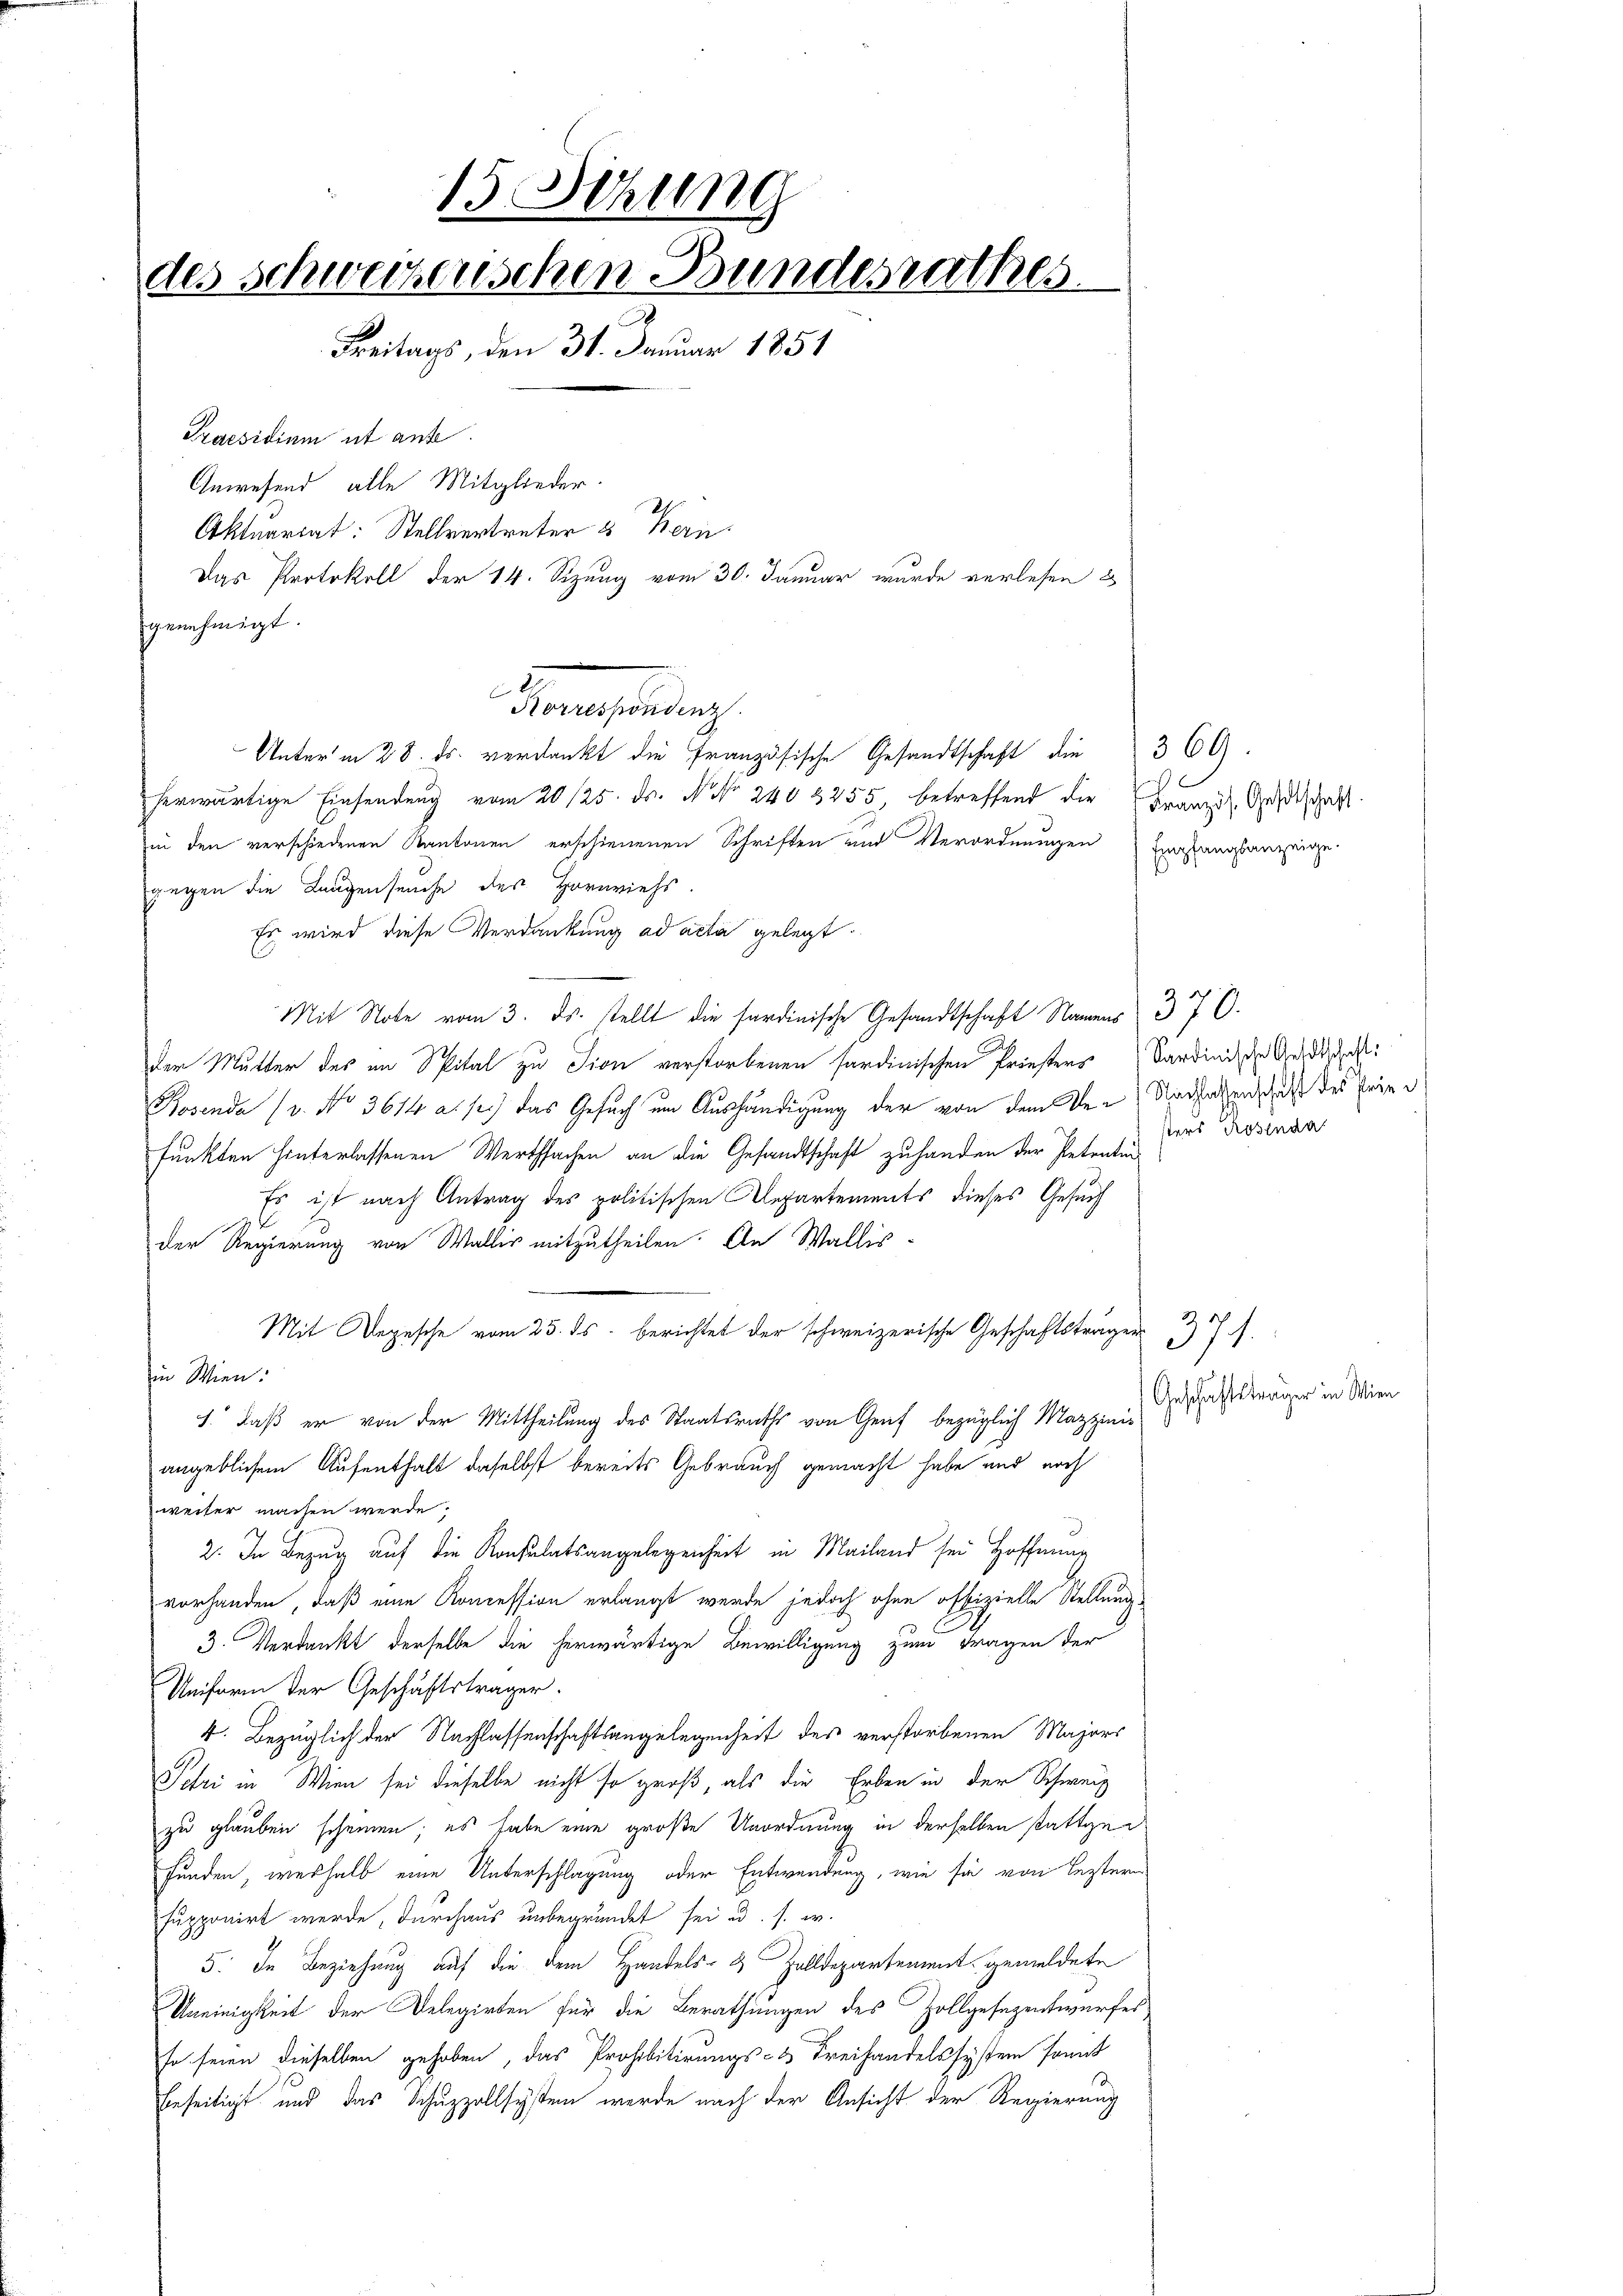
15 Sitzung
des Schweizerischen Bundesrathes.
Freitags, den 31. Januar 1851
Praesidium ut anse
Gewesend, alle Mitglieder-
Aktuariat: Stellvertreter & Kern
Das Protokoll der 14. Sizung vom 30. Januar wurde verlesen &
genehmigt.

Meranstaltung
Unterm 28. ds. verdankt die Französische Gesandtschaft die 366.

herwärtige Einsendung vom 20./25. ds. N. Nr. 240 3255, betreffend die Franzig Geschaft.
in den verschiedenen Kantonen erschienenen Schriften und Verordnungen Empfangsanzeige
gegen die Langenseuche des Hornviehs
Es wird diese Verdankung ad acta gelegt.
Mit Note vom 3. ds. stellt die sardinische Gesandtschaft Namens 37. C.
der Mutter des im Spital zu Tion verstorbenen sardinischen Priesters Sardinis de Geldstahl
Rosenda (v. No 3614 a. s) das Gesuch um Aushändigung der von dem De-Undsachenschaft des Frie
funkten hinterlassenen Werthsachen an die Gesandtschaft zuhanden der Petentin
Es ist nach Antrag des politischen Departements dieses Gesuch
der Regierung von Wallis mitzutheilen. An Wallis¬
Mit Depesche vom 25. ds. berichtet der schweizerische Geschäftsträger
in Wien:
1. daß er von der Mittheilung des Staatsraths von Genf bezüglich Mazzinis
angeblichem Aufenthalt daselbst bereits Gebrauch gemacht habe und noch
weiter machen werde.
D.
2. In Bezug auf die Konsulatsangelegenheit in Mailand sei Hoffnung
vorhanden, daß eine Koncession erlangt werde jedoch ohne offizielle Stellung¬
3. Verdankt derselbe die herwärtige Bewilligung zum Fragen der
Uniform der Geschäftsträger.
4. Bezüglich der Nachlassenschaftsangelegenheit des verstorbenen Majors
Jehri in Wien sei dieselbe nicht so groß, als die Erben in der Schweiz
zu glauben scheinen; es habe eine große Unordnung in derselben stattgefunden, weshalb eine Unterschlagung oder Entwendung, wie sie von leztern
supponirt werde, durchaus unbegründet sei u. s. w.
5. In Beziehung auf die dem Handels- & Zolldepartement gemeldete
Uneinigkeit der Delegirten für die Berathungen des Zollgesezentwurfes
so seien dieselben gehoben, das Prohibitirungs- & Freihandelssystem sonnt
beseitigt und das Schuzzollsystem werde nach der Ansicht der Regierung

sters Rosenda

371.
Geschäftsträger in Wien